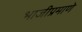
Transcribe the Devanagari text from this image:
भाजीप्रमाणे